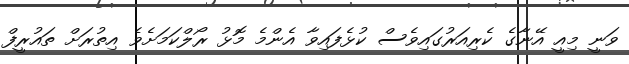
ވަނީ މިއީ އޭނާގެ ކެރިއަރުގައިވެސް ކުޅެފައިވާ އެންމެ މޮޅު ރޯލްކަމަށެވެ އިތުރަށް ތައުރީފް